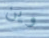
وين